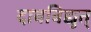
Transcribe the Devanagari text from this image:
दाबविद्युत्‌